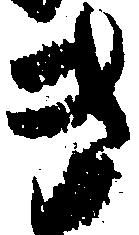
き